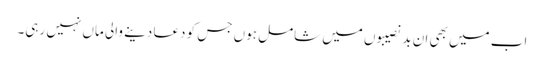
اب میں بھی ان بدنصیبوں میں شامل ہوں جس کو دعا دینے والی ماں نہیں رہی۔